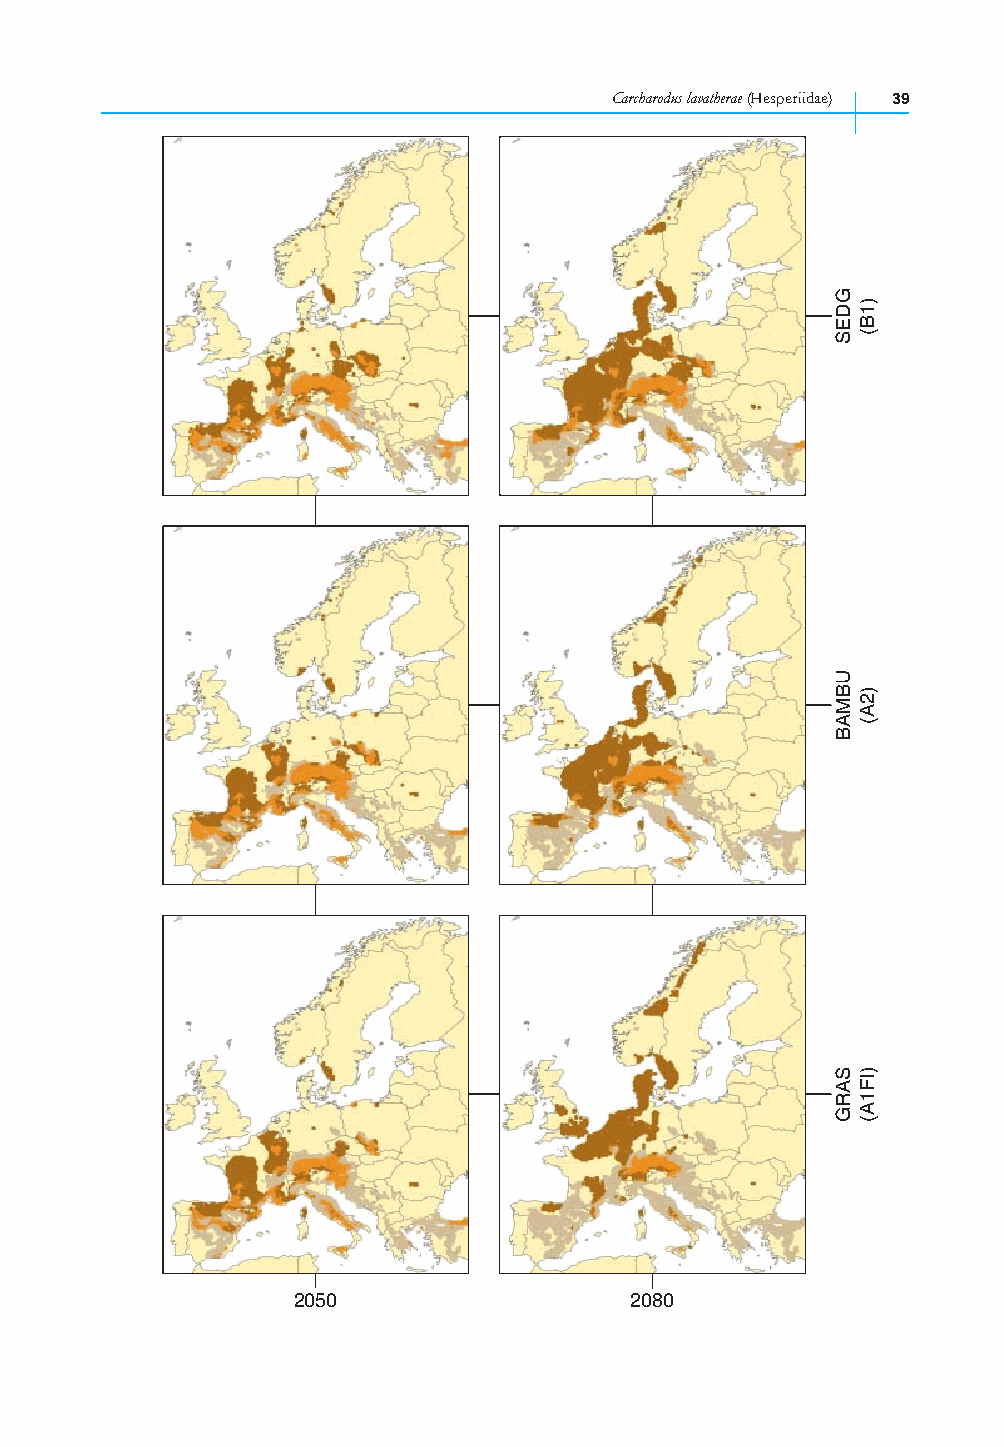
Carcharodus lavatherae (Hesperiidae) 39
 2050                   2080
 GDES
 UBMAB
 SARG
 )1B(
 )2A(
 )IF1A(